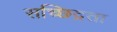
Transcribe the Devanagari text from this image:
सच्छिद्रता